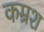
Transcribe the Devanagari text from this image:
कम्रश